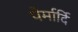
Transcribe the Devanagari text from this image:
पेर्मार्दि